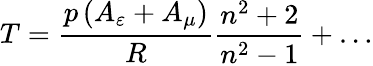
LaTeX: T=\frac{p\left(A_{\varepsilon}+A_{\mu}\right)}{R}\frac{n^{2}+2}{n^{2}-1}+\ldots